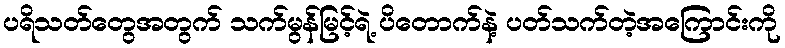
ပရိသတ်တွေအတွက် သက်မွန်မြင့်ရဲ့ ပိတောက်နဲ့ ပတ်သက်တဲ့အကြောင်းကို